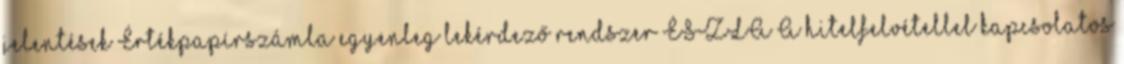
jelentések Értékpapírszámla egyenleg lekérdező rendszer ÉSZLA A hitelfelvétellel kapcsolatos